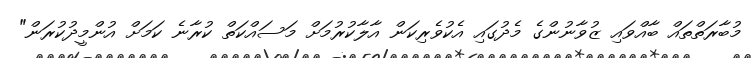
މުބާރަތްތައް ބާއްވައި ޒުވާނުންގެ މެދުގައި އެކުވެރިކަން އާލާކުރުމަށް މަސައްކަތް ކުރާނެ ކަމަށް އުންމީދުކުރަން"